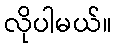
လိုပါမယ်။